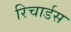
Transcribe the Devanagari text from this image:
रिचार्डस